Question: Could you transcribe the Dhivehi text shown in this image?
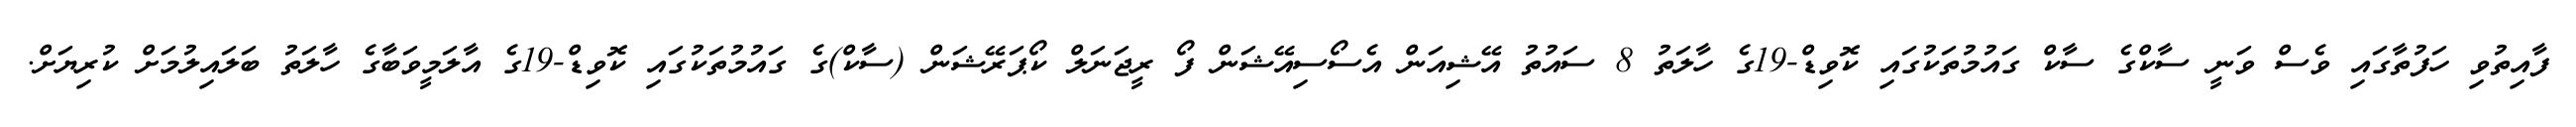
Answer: ފާއިތުވި ހަފުތާގައި ވެސް ވަނީ ސާކްގެ ސާކް ގައުމުތަކުގައި ކޮވިޑް-19ގެ ހާލަތު 8 ސައުތު އޭޝިއަން އެސޯސިއޭޝަން ފޯ ރީޖަނަލް ކޯޕަރޭޝަން (ސާކް)ގެ ގައުމުތަކުގައި ކޮވިޑް-19ގެ އާލަމީވަބާގެ ހާލަތު ބަލައިލުމަށް ކުރިޔަށް.